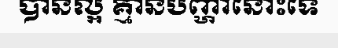
បានល្អ គ្មានបញ្ហានោះទេ